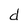
Character: d